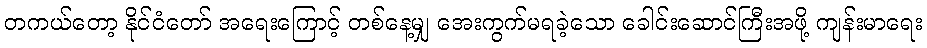
တကယ်တော့ နိုင်ငံတော် အရေးကြောင့် တစ်နေ့မျှ အေးကွက်မရခဲ့သော ခေါင်းဆောင်ကြီးအဖို့ ကျန်းမာရေး